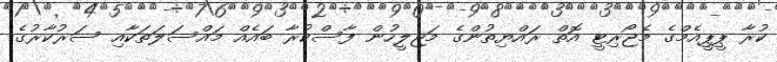
ކުރާ ޕީޕީއެމްގެ މެޖޯރިޓީ އޮތް ރައްޔިތުންގެ މަޖިލީހުން ފާސްކުރާ ބައެއް މައްސަލަތަކާއި ސަރުކާރުގެ